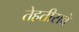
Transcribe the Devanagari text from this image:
तेहतीसवे